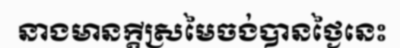
នាងមានក្តីស្រមៃចង់បានថ្ងៃនេះ